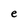
Character: e